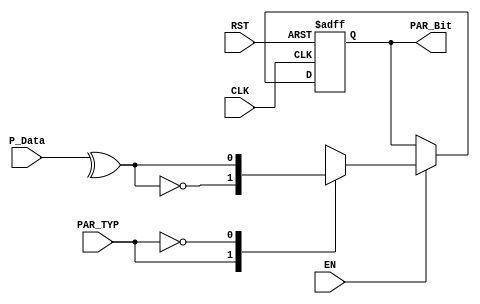
`timescale 1ns / 1ps

//////////////////////////////////////////////////////////////////////////////////
// Diploma: By Eng. Ali Mohamed Eltemsah
// Design Name: DigIC_Dip08_09_UART_TX
// Module Name: parity_generator
// Project Name: UART_TX
//////////////////////////////////////////////////////////////////////////////////


module parity_generator #(parameter DATA_WIDTH = 8) (
        input   wire                            CLK, RST, EN,
        input   wire    [DATA_WIDTH - 1 : 0]    P_Data,
        input   wire                            PAR_TYP,
        output  wire                            PAR_Bit
    );
localparam  even = 0,
            odd  = 1;

reg par_bit_reg, par_bit_next;

always @(posedge CLK, negedge RST)
    begin
        if (!RST)
            par_bit_reg <= 1'b0;
        else
            par_bit_reg <= par_bit_next;
    end

always @(*)
    begin
        if (EN)
            begin
                case(PAR_TYP)
                    odd     : par_bit_next = ~(^P_Data);
                    even    : par_bit_next = (^P_Data);
                endcase
            end
        else
            begin
                par_bit_next = par_bit_reg;
            end
    end
    
assign PAR_Bit = par_bit_reg;
endmodule